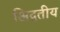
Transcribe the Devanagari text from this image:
अिद्वतीय